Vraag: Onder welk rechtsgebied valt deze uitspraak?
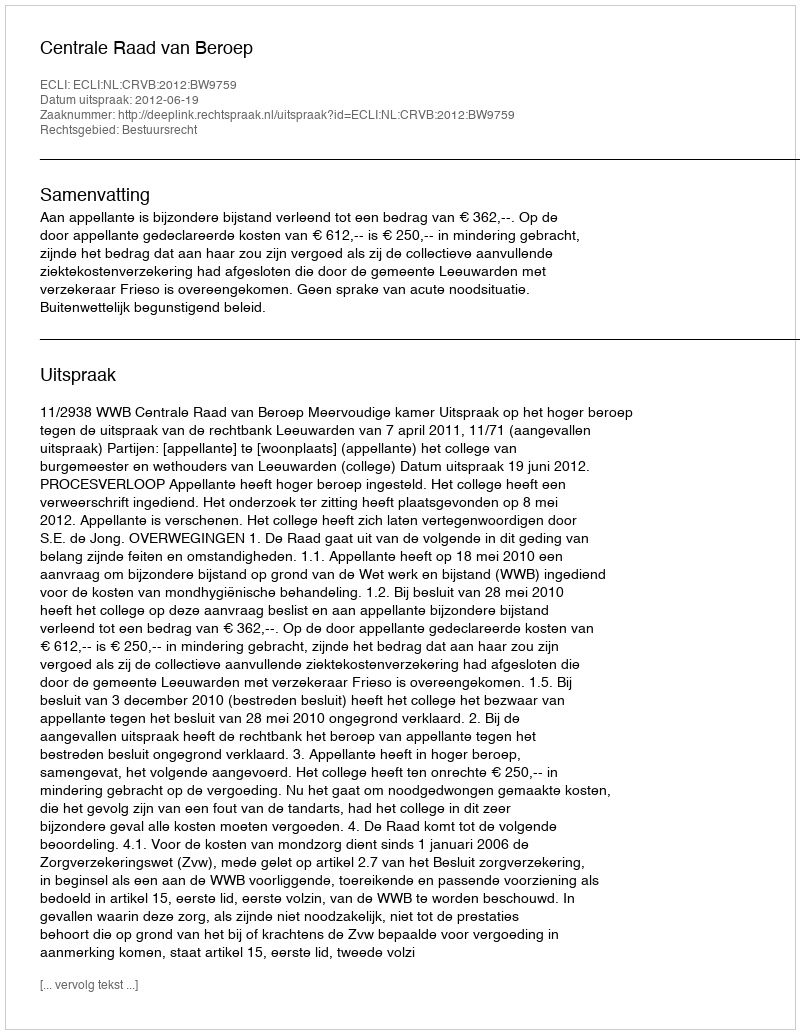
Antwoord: Bestuursrecht